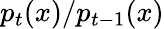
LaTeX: p_{t}(x)/p_{t-1}(x)